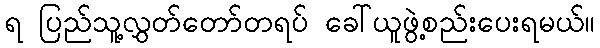
ရ ပြည်သူ့လွှတ်တော်တရပ် ခေါ်ယူဖွဲ့စည်းပေးရမယ်။